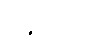
ပဋိပါဒေသိံ